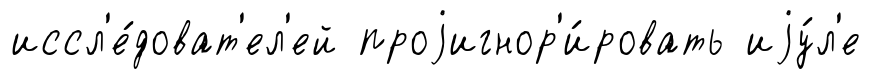
иссл'е́доват'ел'ей проjигнор'и́ровать иjу́л'е